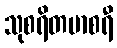
သုစရိတမာစရီ